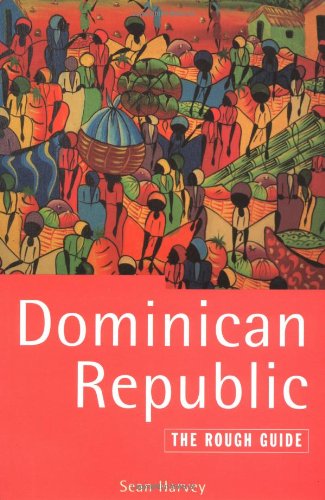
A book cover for The Rough Guide to Dominican Republic; Sean Harvey; Travel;